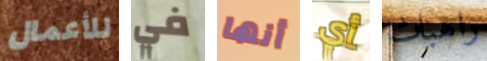
للأعمال في أنها أي راهبات